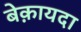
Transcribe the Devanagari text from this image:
बेक़ायदा